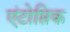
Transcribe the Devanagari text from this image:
एंटोप्तिक